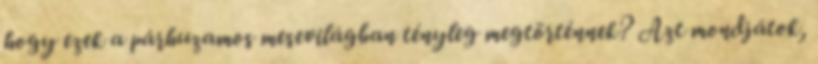
hogy ezek a párhuzamos mesevilágban tényleg megtörténnek? Azt mondjátok,